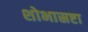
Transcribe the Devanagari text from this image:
शोभास्रष्टा